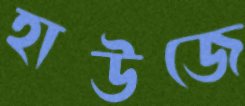
হাউজে